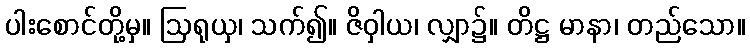
ပါးစောင်တို့မှ။ ဩရုယှ၊ သက်၍။ ဇိဝှါယ၊ လျှာ၌။ တိဋ္ဌ မာနာ၊ တည်သော။